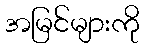
အမြင်များကို